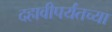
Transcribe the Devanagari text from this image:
दहावीपर्यंतच्या